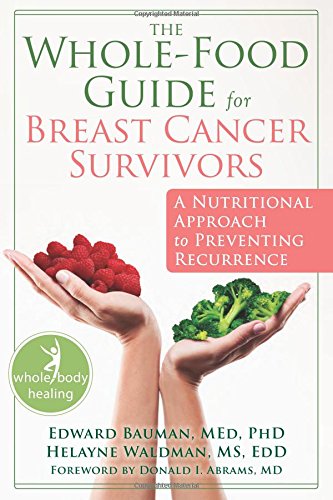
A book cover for The Whole-Food Guide for Breast Cancer Survivors: A Nutritional Approach to Preventing Recurrence (The New Harbinger Whole-Body Healing Series); Edward Bauman MEd  PhD; Health, Fitness & Dieting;